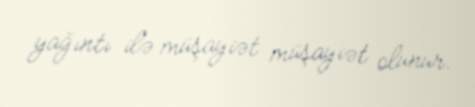
yağıntı ilə müşayiət müşayiət olunur.